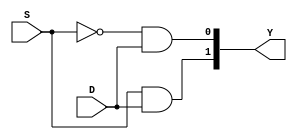
module demux2to1(D,S,Y);
input D,S;
output [1:0]Y;

/*always @(D,S) begin
if(S==0) begin
	Y[0]=D;
	Y[1]=0;
	end
else
	Y = {D,1'b0};
end
*/
assign Y[0] = ~S&D;
assign Y[1] = S&D;

endmodule